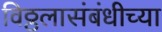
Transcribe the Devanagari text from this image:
विठ्ठलासंबंधीच्या